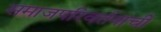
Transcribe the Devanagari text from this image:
समाजपरिवर्तनाची